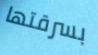
بسرقتها